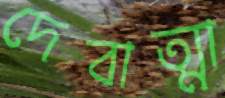
দেবাত্মা